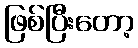
ဖြစ်ပြီးတော့